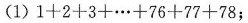
(1)$$1 + 2 + 3 + … + 7 6 + 7 7 + 7 8$$;